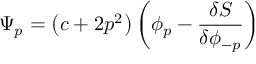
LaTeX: \Psi _ { p } = \left( c + 2 p ^ { 2 } \right) \left( \phi _ { p } - \frac { \delta S } { \delta \phi _ { - p } } \right)